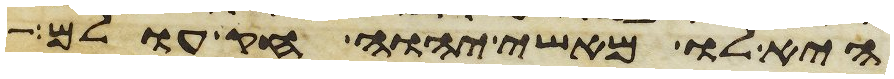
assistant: היא לו מאשי יהוה חק עולם